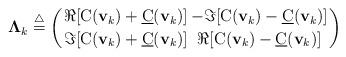
LaTeX: \begin{align*} {\bf \Lambda}_k \stackrel{\bigtriangleup}{=} \left({ \Re [{\text C}({\bf v}_k) + {\underline{\text C}}({\bf v}_k)] \atop \Im[{\text C}({\bf v}_k) + {\underline{\text C}}({\bf v}_k)]} { -\Im[{\text C}({\bf v}_k) - {\underline{\text C}}({\bf v}_k) ] \atop \Re[{\text C}({\bf v}_k) - {\underline{\text C}}({\bf v}_k) ]} \right) \end{align*}